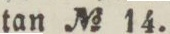
tan No 14.